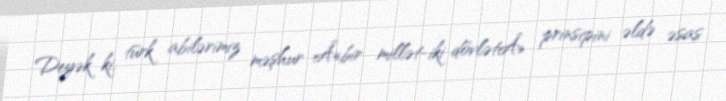
Deyək ki, türk abilərimiz məşhur Â«bir millət-iki dövlətÂ» prinsipini əldə əsas